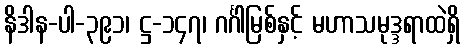
နိဒါန-ပါ-၃၉၁၊ ဋ္ဌ-၁၄၇၊ ဂင်္ဂါမြစ်နှင့် မဟာသမုဒ္ဒရာထဲရှိ